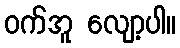
ဝက်အူ လျော့ပါ။